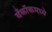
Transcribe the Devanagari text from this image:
बँकॉकमध्ये